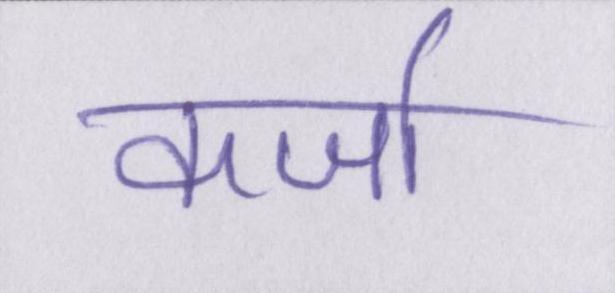
कर्जा